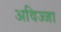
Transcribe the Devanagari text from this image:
अविज्जा